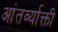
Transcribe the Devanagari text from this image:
आंतर्व्याक्ती